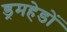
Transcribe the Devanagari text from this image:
ड्रमहेडों